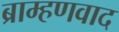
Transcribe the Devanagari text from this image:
ब्राम्हणवाद